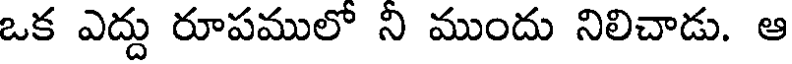
ఒక ఎద్దు రూపములో ని ముందు నిలిచాడు. ఆ